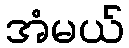
အံမယ်